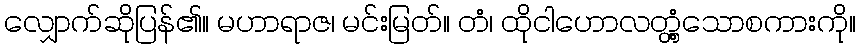
လျှောက်ဆိုပြန်၏။ မဟာရာဇ၊ မင်းမြတ်။ တံ၊ ထိုငါဟောလတ္တံ့သောစကားကို။